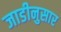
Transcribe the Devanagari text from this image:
जाडीनुसार